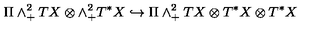
\Pi \wedge _ { + } ^ { 2 } T X \otimes \wedge _ { + } ^ { 2 } T ^ { * } X \hookrightarrow \Pi \wedge _ { + } ^ { 2 } T X \otimes T ^ { * } X \otimes T ^ { * } X